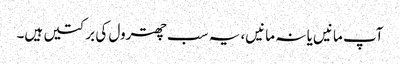
آپ مانیں یا نہ مانیں، یہ سب چھترول کی برکتیں ہیں۔